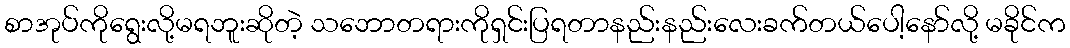
စာအုပ်ကိုရွေးလို့မရဘူးဆိုတဲ့ သဘောတရားကိုရှင်းပြရတာနည်းနည်းလေးခက်တယ်ပေါ့နော်လို့ မခိုင်က